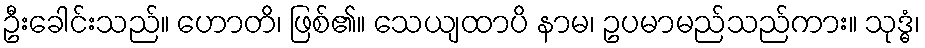
ဦးခေါင်းသည်။ ဟောတိ၊ ဖြစ်၏။ သေယျထာပိ နာမ၊ ဥပမာမည်သည်ကား။ သုဒ္ဓံ၊